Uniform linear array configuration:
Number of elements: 16
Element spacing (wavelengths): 0.5
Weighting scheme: binomial
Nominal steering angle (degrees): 0
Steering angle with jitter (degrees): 1.496
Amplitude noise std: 0.05
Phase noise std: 0.05

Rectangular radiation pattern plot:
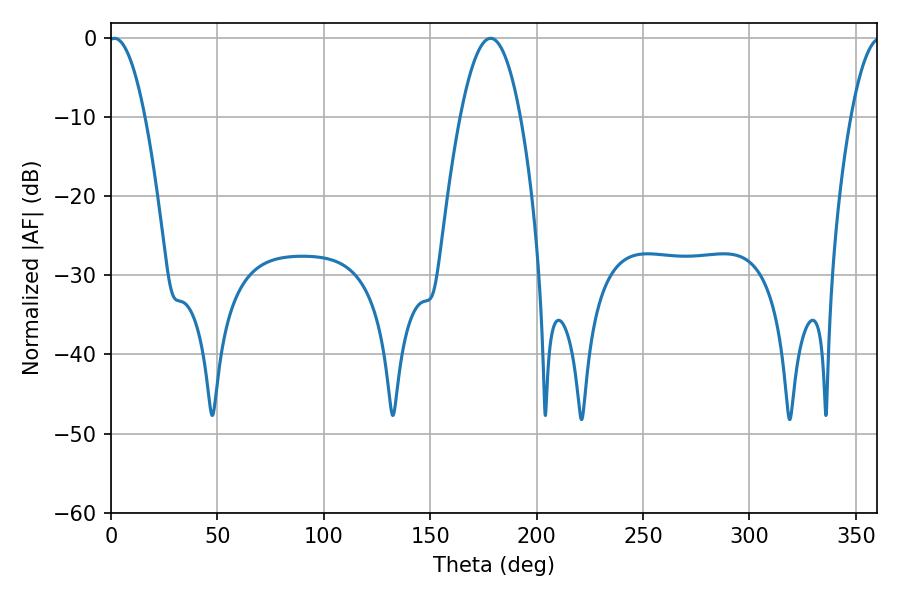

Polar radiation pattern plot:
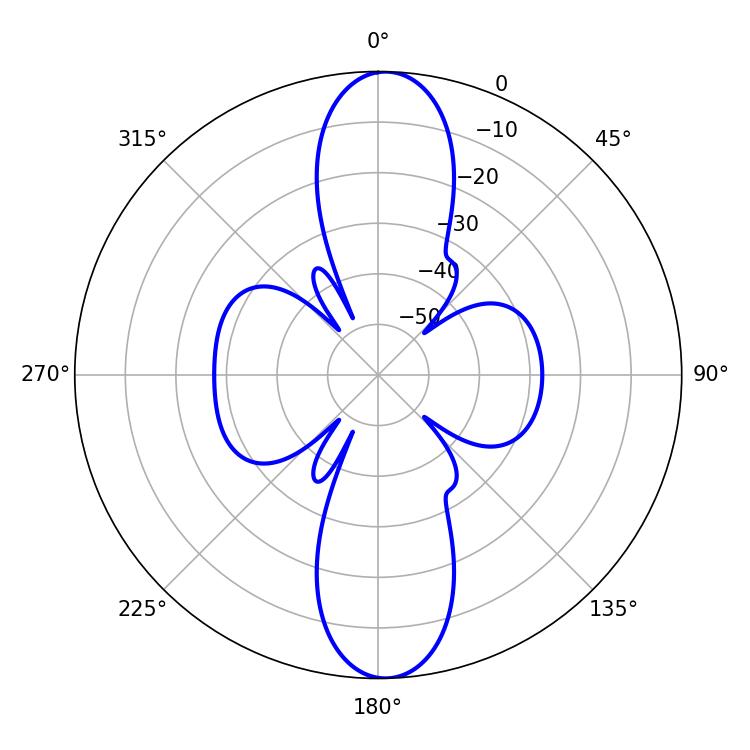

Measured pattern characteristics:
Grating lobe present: FALSE
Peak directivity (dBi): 20.693
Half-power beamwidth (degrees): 9.36
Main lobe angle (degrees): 1.62